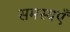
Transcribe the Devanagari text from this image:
समस्यएँ